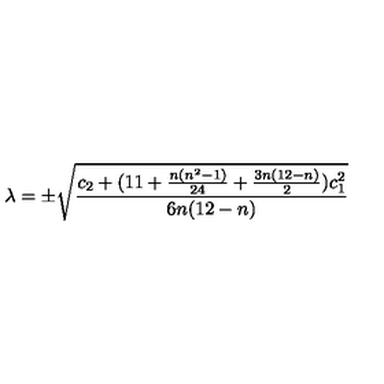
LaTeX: \lambda = \pm \sqrt { \frac { c _ { 2 } + ( 1 1 + \frac { n ( n ^ { 2 } - 1 ) } { 2 4 } + \frac { 3 n ( 1 2 - n ) } { 2 } ) c _ { 1 } ^ { 2 } } { 6 n ( 1 2 - n ) } }